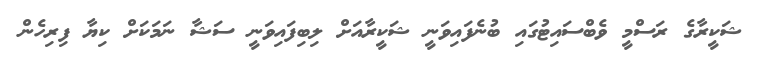
ޝަކީރާގެ ރަސްމީ ވެބްސައިޓުގައި ބުނެފައިވަނީ ޝަކީރާއަށް ލިބިފައިވަނީ ސަޝާ ނަމަކަށް ކިޔާ ފިރިހެން